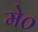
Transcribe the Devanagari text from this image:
मे०